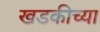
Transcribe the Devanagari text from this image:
खडकीच्या